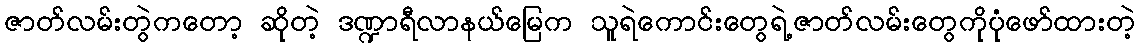
ဇာတ်လမ်းတွဲကတော့ ဆိုတဲ့ ဒဏ္ဍာရီလာနယ်မြေက သူရဲကောင်းတွေရဲ့ဇာတ်လမ်းတွေကိုပုံဖော်ထားတဲ့